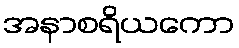
အနာစရိယကော